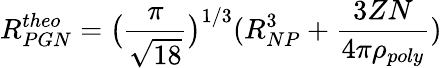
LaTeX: R_{PGN}^{theo}=\big(\frac{\pi}{\sqrt{18}}\big)^{1/3}(R_{NP}^{3}+\frac{3ZN}{4\pi\rho_{poly}})